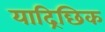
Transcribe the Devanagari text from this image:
याद्रिछिक